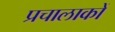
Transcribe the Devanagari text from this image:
प्रचालाकों